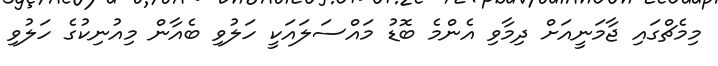
މިމެޗްގައި ޖާމަނީއަށް ދިމާވި އެންމެ ބޮޑު މައްސަލައަކީ ހަލުވި ބެއާން މިއުނިކުގެ ހަލުވި